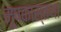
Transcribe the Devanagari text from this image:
मूषकास्तथा